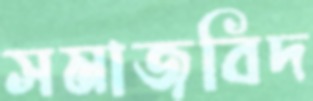
সমাজবিদ